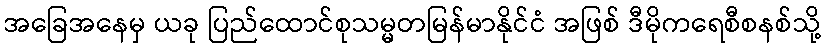
အခြေအနေမှ ယခု ပြည်ထောင်စုသမ္မတမြန်မာနိုင်ငံ အဖြစ် ဒီမိုကရေစီစနစ်သို့